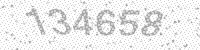
Solution: 134658